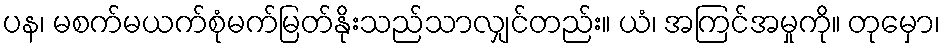
ပန၊ မစက်မယက်စုံမက်မြတ်နိုးသည်သာလျှင်တည်း။ ယံ၊ အကြင်အမှုကို။ တုမှော၊